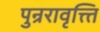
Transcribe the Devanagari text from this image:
पुन्ररावृत्त्ति